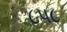
૮૫૮